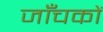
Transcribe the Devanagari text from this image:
जाँचकों